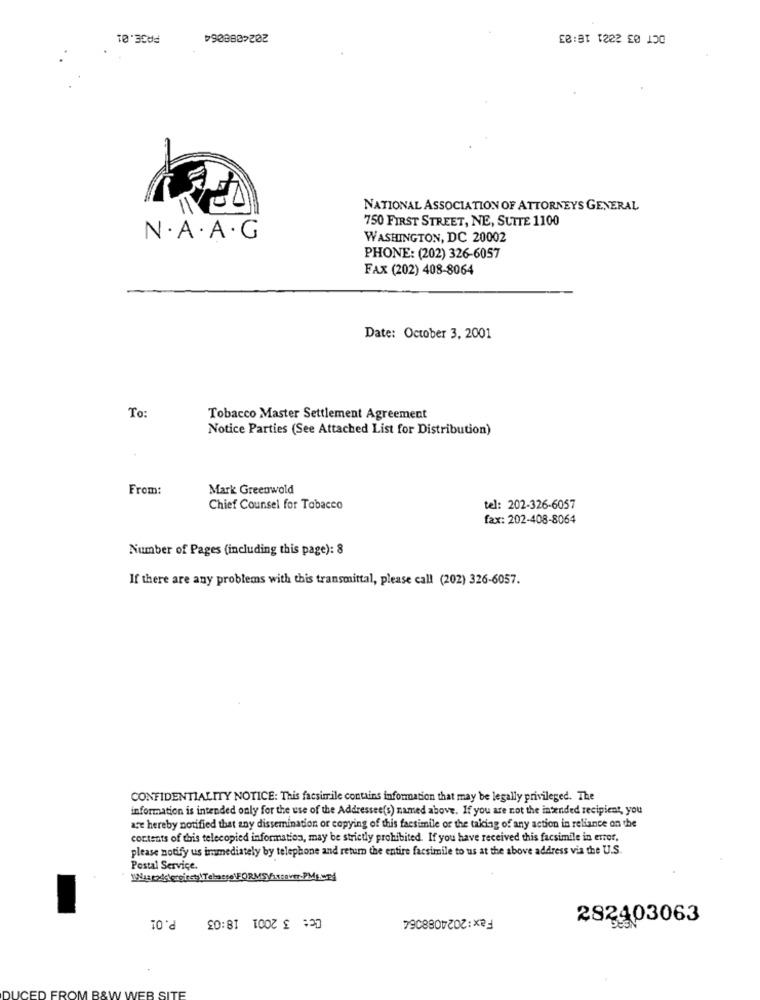
PAGE.01
2024088064
NATIONAL ASSOCIATION OF ATTORNEYS GENERAL
750 FIRST STREET, NE, SUITE 1100
N . A . A . G
WASHINGTON, DC 20002
PHONE: (202) 326-6057
FAX (202) 408-8064
Date: October 3, 2001
To:
Tobacco Master Settlement Agreement
Notice Parties (See Attached List for Distribution)
From:
Mark Greenwold
Chief Counsel for Tobacco
tel: 202-326-6057
fax: 202-408-8064
Number of Pages (including this page): 8
If there are any problems with this transmittal, please call (202) 326-6057.
CONFIDENTIALITY NOTICE: This facsimile contains information that may be legally privileged. The
information is intended only for the use of the Addressee(s) named above. If you are not the intended recipient, you
are hereby notified that any dissemination or copying of this facsimile or the taking of any action in reliance on the
contents of this telecopied information, may be strictly prohibited. If you have received this facsimile in error,
please notify us immediately by telephone and return the entire facsimile to us at the above address via the U.S.
Postal Service.
Cc: 3 2001 18:03 P.01
Fax:2024088064
282403063
CED
VEB SIT